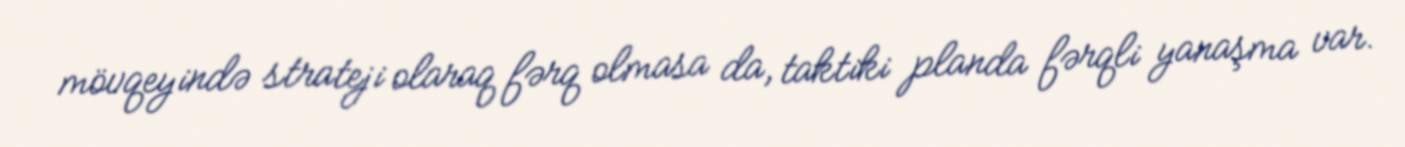
mövqeyində strateji olaraq fərq olmasa da, taktiki planda fərqli yanaşma var.